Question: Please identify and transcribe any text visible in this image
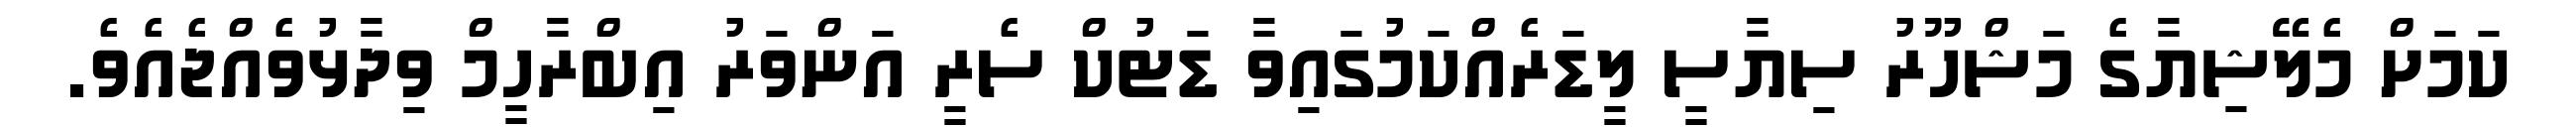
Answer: ކަމަށް މެލޭޝިޔާގެ މަޝްހޫރު ސިޔާސީ ލީޑަރެއްކަމުގައިވާ ޑަޓުކް ސެރީ އަންވަރު އިބްރާހީމް ވިދާޅުވެއްޖެއެވެ.